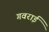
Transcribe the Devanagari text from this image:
गवराई